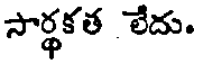
సార్థకత లేదు.